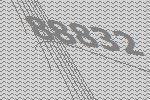
88832